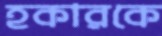
হকারকে